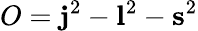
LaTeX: O={\mathbf j}^{2}-{\mathbf l}^{2}-{\mathbf s}^{2}